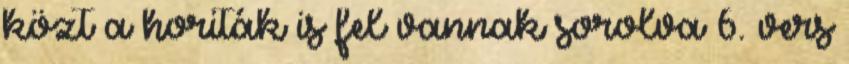
közt a horiták is fel vannak sorolva 6. vers